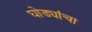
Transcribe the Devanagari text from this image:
घोड्यांचा